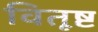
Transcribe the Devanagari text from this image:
वितूष्ट